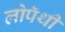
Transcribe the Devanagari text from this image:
लोपॅथी